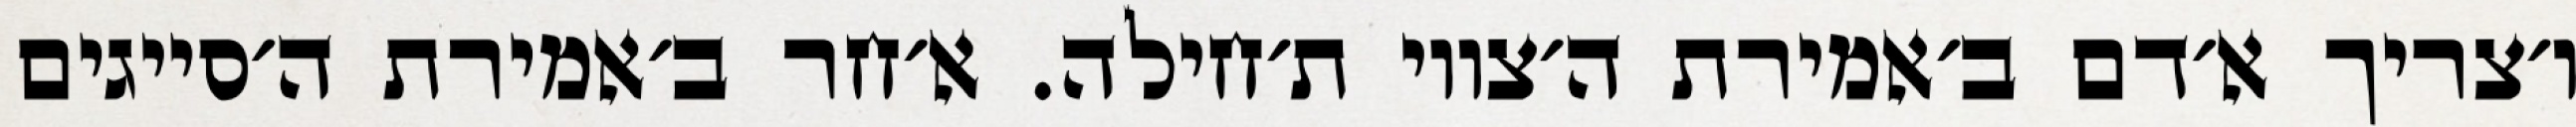
ו׳צריך א׳דם ב׳אמירת ה׳צווי ת׳חילה. א׳חר ב׳אמירת ה׳סייגים